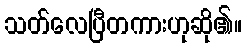
သတ်လေပြီတကားဟုဆို၏။